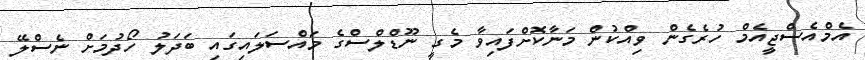
އެމްއެސްޖީއެމް ހުރެގެން ވިއްކުން މަނާކޮށްފައިވާ މެގީ ނޫޑްލްސްގެ މައްސަލައިގައި ބަދަލު ހޯދުމަށް ނެސްލޭ